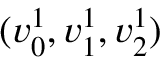
( v _ { 0 } ^ { 1 } , v _ { 1 } ^ { 1 } , v _ { 2 } ^ { 1 } )